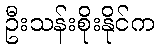
ဦးသန်းစိုးနိုင်က